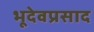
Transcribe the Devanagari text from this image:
भूदेवप्रसाद